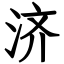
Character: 济